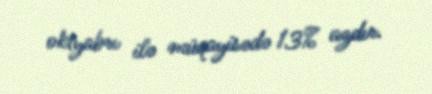
oktyabrı ilə müqayisədə 13% azdır.